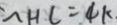
\sim H C = 4 k